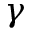
\gamma